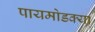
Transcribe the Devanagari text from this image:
पायमोडक्या